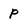
Character: p